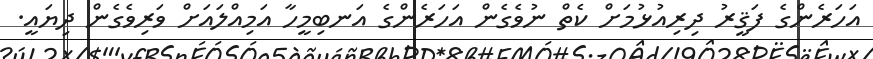
އަހަރެންގެ ފަޤީރު ދިރިއުޅުމަށް ކެތް ނުވެގެން އަހަރެންގެ އަނބިމީހާ އަމިއްލައަށް ވަރިވެގެން ދިޔައީ.